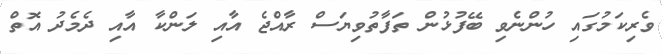
ވެރިކަމުގައި ހުންނެވި ބޭފުޅުން ތަފާތުވިޔަސް ރާއްޖެ އާއި ލަންކާ އާއި ދެމެދު އޮތް